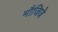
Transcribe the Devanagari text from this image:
मौजिजे